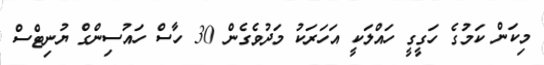
މިކަން ކަމުގެ ހަގީގީ ހައްލަކީ އަހަރަކު މަދުވެގެން 30 ހާސް ހައުސިންގް ޔުނިޓްސް